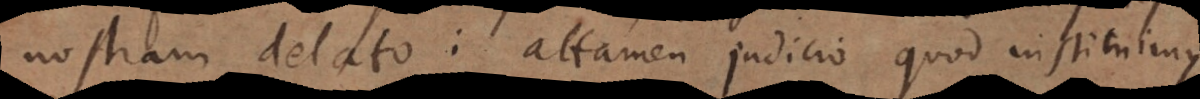
nostram delato: attamen judicio quod instituimus